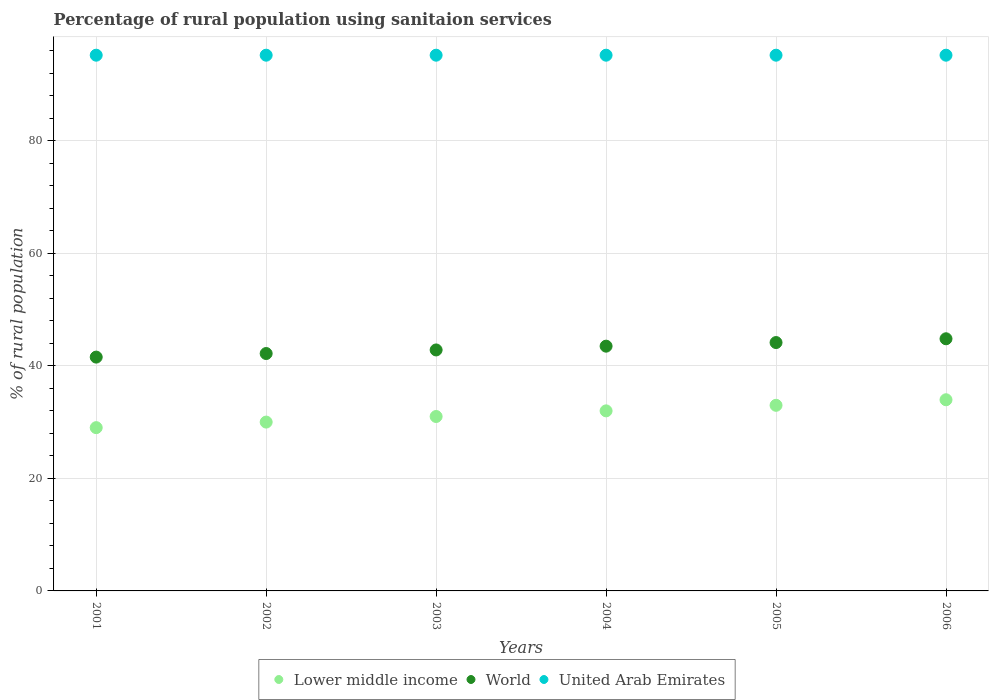
| Years | Lower middle income | World | United Arab Emirates |
 | --- | --- | --- | --- |
 | 2001 | 29 | 41.6 | 95.2 |
 | 2002 | 30 | 42.2 | 95.2 |
 | 2003 | 31 | 42.8 | 95.2 |
 | 2004 | 32 | 43.5 | 95.2 |
 | 2005 | 33 | 44.1 | 95.2 |
 | 2006 | 34 | 44.8 | 95.2 |